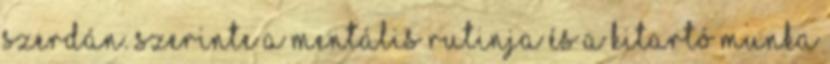
szerdán. Szerinte a mentális rutinja és a kitartó munka